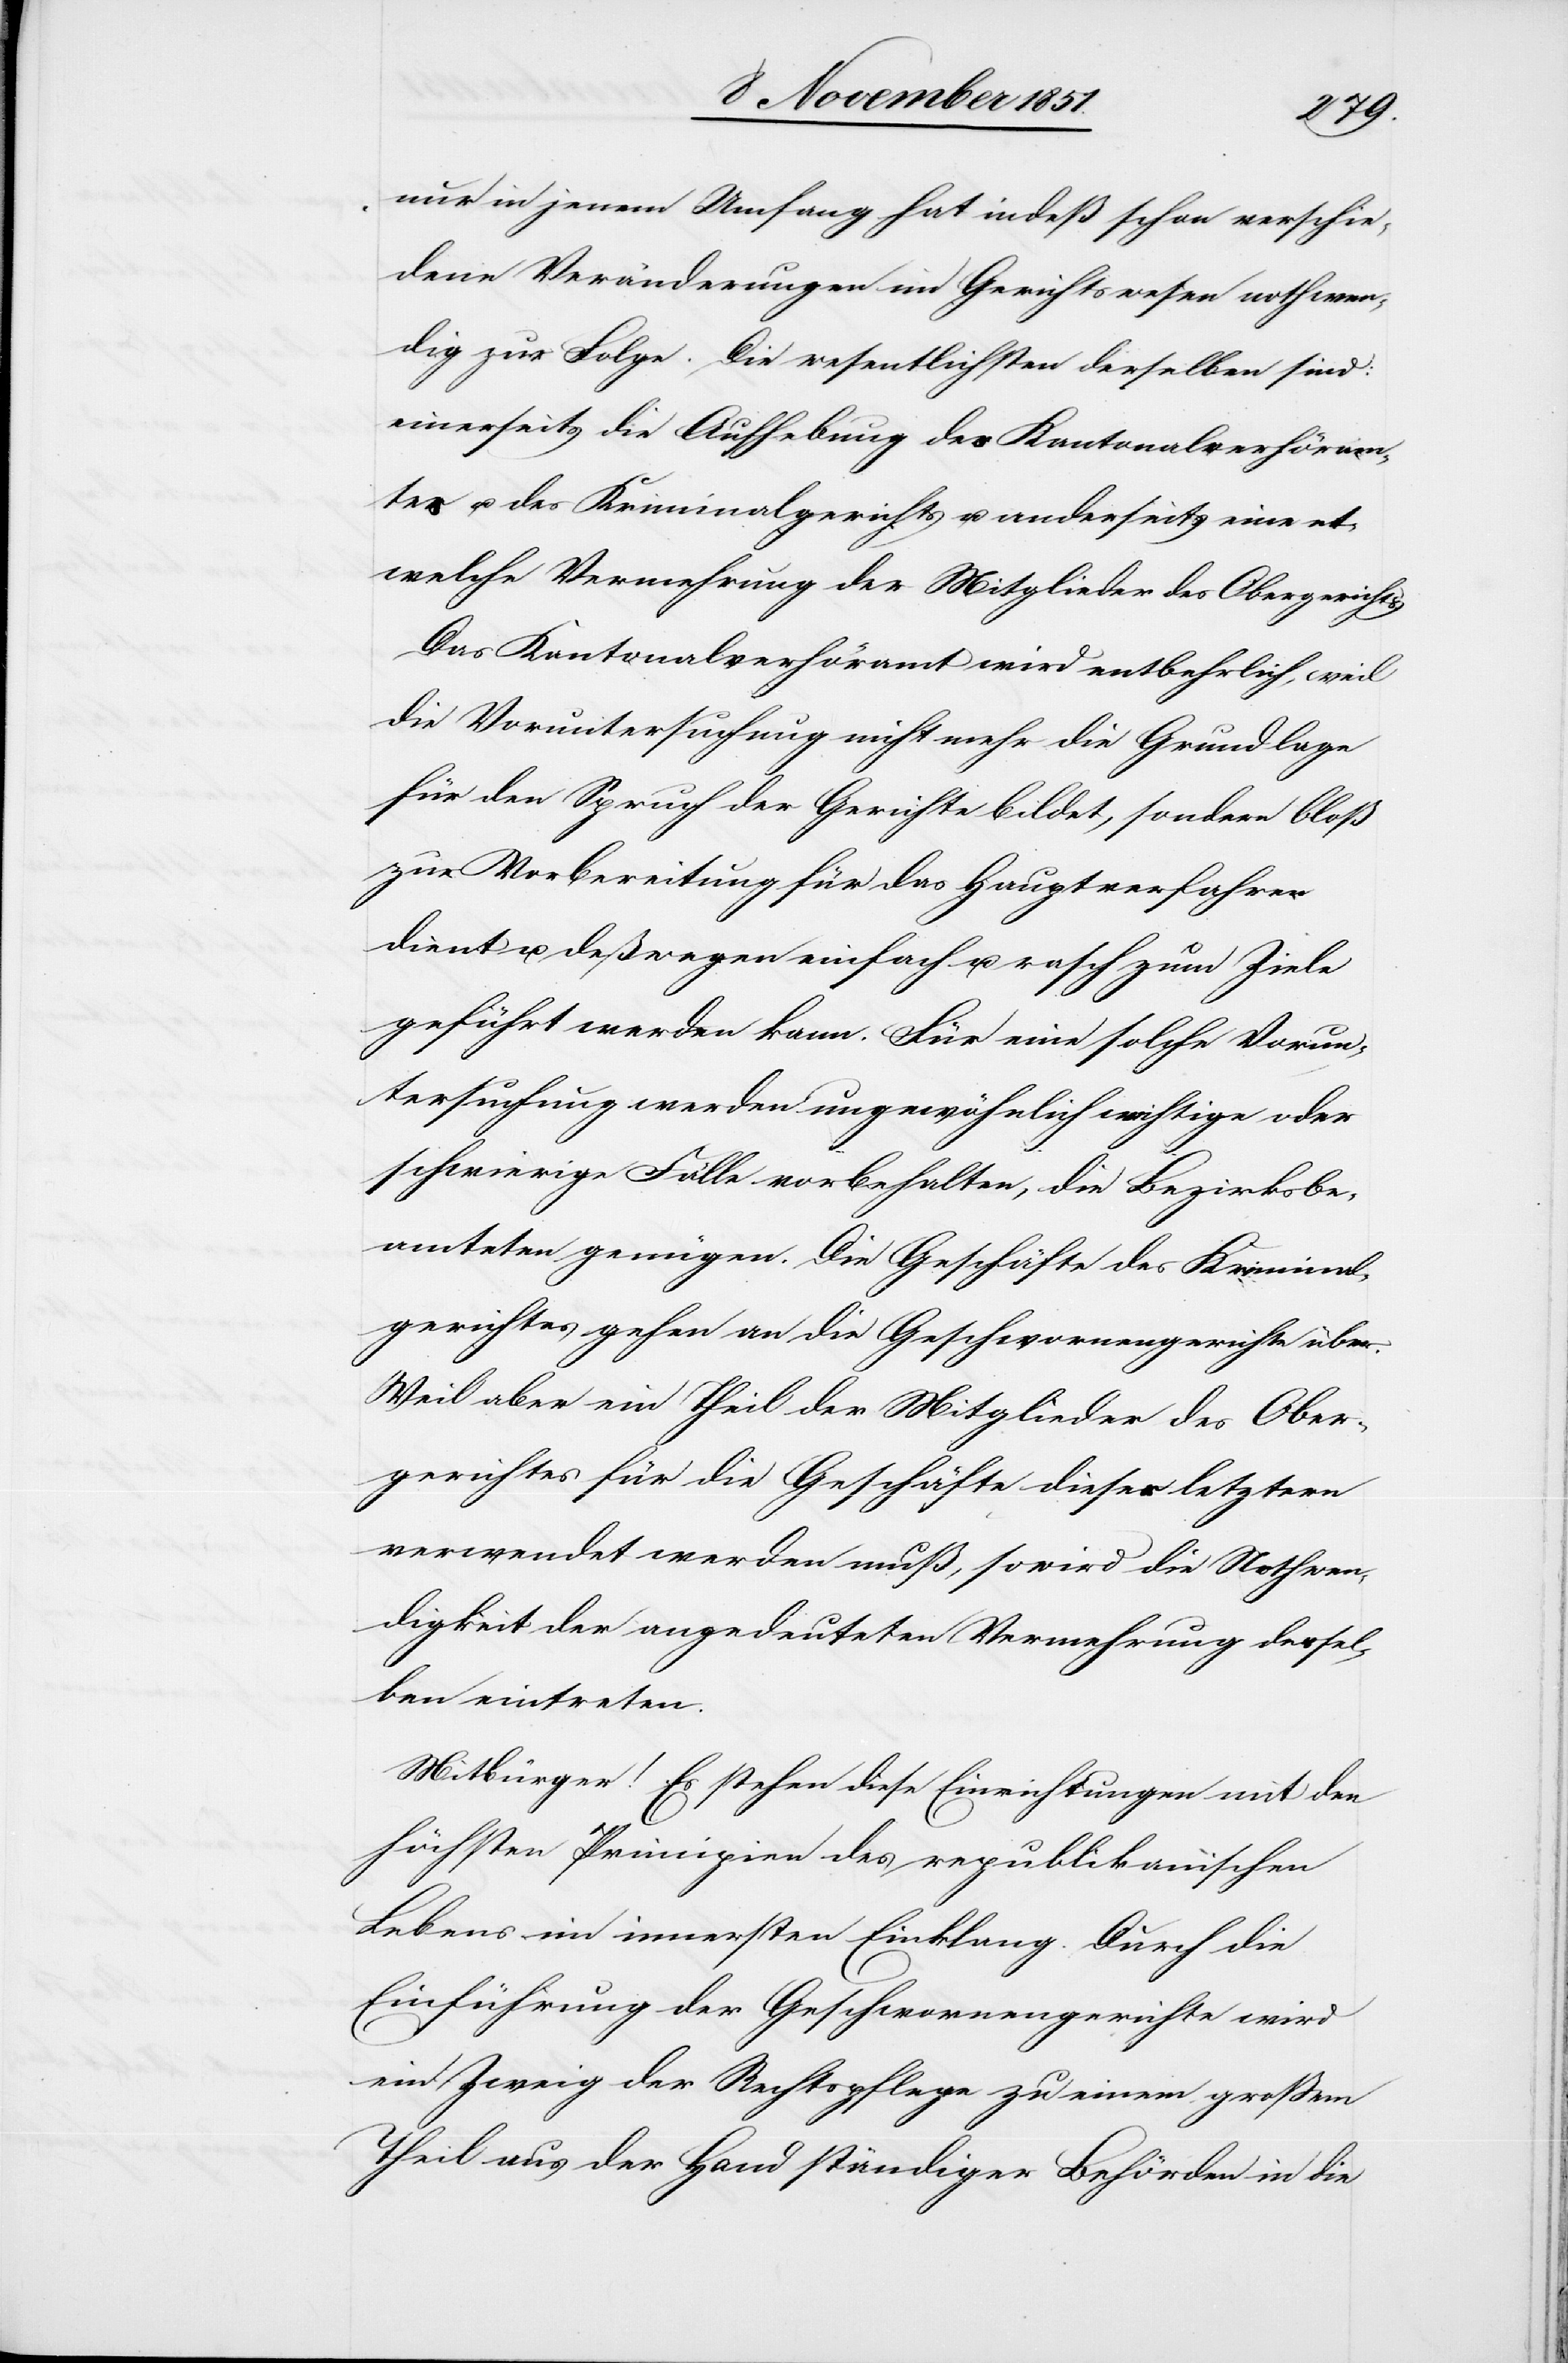
nur in jenem Umfang hat indeß schon verschie¬
dene Veränderungen im Gerichtswesen nothwen¬
dig zur Folge. Die wesentlichsten derselben sind:
einerseits die Aufhebung des Kantonalverhöram¬
tes u. des Kriminalgerichts u. anderseits eine et¬
welche Vermehrung der Mitglieder des Obergerichts.
Das Kantonalverhöramt wird entbehrlich, weil
die Voruntersuchung nicht mehr die Grundlage
für den Spruch der Gerichte bildet, sondern bloß
zur Vorbereitung für das Hauptverfahren
dient u. deßwegen einfach u. rasch zum Ziele
geführt werden kann. Für eine solche Vorun¬
tersuchung werden[,] ungewöhnlich wichtige oder
schwierige Fälle vorbehalten, die Bezirksbe¬
amteten genügen. Die Geschäfte des Kriminal¬
gerichtes gehen an die Geschwornengerichte über.
Weil aber ein Theil der Mitglieder des Ober¬
gerichtes für die Geschäfte dieser letztern
verwendet werden muß, so wird die Nothwen¬
digkeit der angedeuteten Vermehrung dersel¬
ben eintreten.
Mitbürger! Es stehen diese Einrichtungen mit den
höchsten Principien des republikanischen
Lebens im innersten Einklang. Durch die
Einführung der Geschwornengerichte wird
ein Zweig der Rechtspflege zu einem großem
Theil aus der Hand ständiger Behörden in die